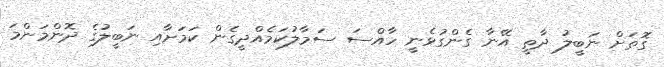
ގޮތަށް ނަބީލު ދާތީ އޭނާ ގެންގުޅެނީ ހާއްސަ ސަމާލުކަމެއްދީގެން ކަމަށާއި ނަބީލުގެ ދޮންމަންމަ